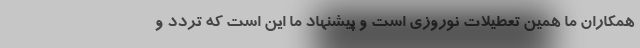
همکاران ما همین تعطیلات نوروزی است و پیشنهاد ما این است که تردد و